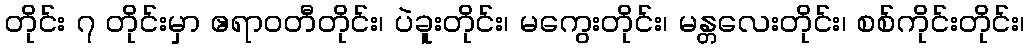
တိုင်း ၇ တိုင်းမှာ ဧရာဝတီတိုင်း၊ ပဲခူးတိုင်း၊ မကွေးတိုင်း၊ မန္တလေးတိုင်း၊ စစ်ကိုင်းတိုင်း၊